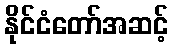
နိုင်ငံတော်အဆင့်